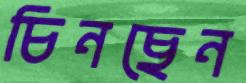
চিনছেন